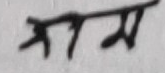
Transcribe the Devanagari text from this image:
काम